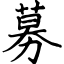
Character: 募